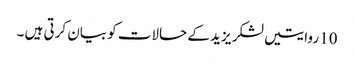
10 روایتیں لشکر یزید کے حالات کو بیان کرتی ہیں ۔